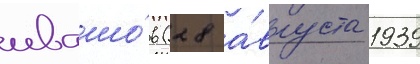
ивашо́в (28 а́вгуста 1939